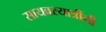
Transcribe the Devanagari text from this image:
सायबरयात्रींनी